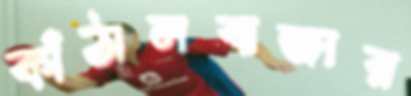
কাঁঠালবাজার